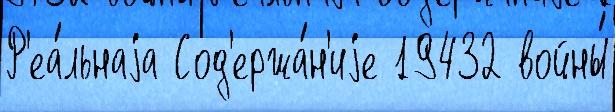
Р'еа́льнаjа Сод'ержа́н'иjе 19432 войны́